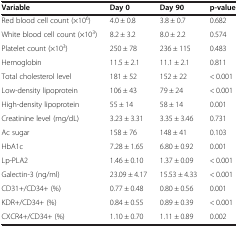
<table><thead><tr><td><b>Variable</b></td><td><b>Day 0</b></td><td><b>Day 90</b></td><td><b>p-value</b></td></tr></thead><tbody><tr><td>Red blood cell count (×10<sup>6</sup>)</td><td>4.0 ± 0.8</td><td>3.8 ± 0.7</td><td>0.682</td></tr><tr><td>White blood cell count (×10<sup>3</sup>)</td><td>8.2 ± 3.2</td><td>8.0 ± 2.2</td><td>0.574</td></tr><tr><td>Platelet count (×10<sup>3</sup>)</td><td>250 ± 78</td><td>236 ± 115</td><td>0.483</td></tr><tr><td>Hemoglobin</td><td>11.5 ± 2.1</td><td>11.1 ± 2.1</td><td>0.811</td></tr><tr><td>Total cholesterol level</td><td>181 ± 52</td><td>152 ± 22</td><td>&lt; 0.001</td></tr><tr><td>Low-density lipoprotein</td><td>106 ± 43</td><td>79 ± 24</td><td>&lt; 0.001</td></tr><tr><td>High-density lipoprotein</td><td>55 ± 14</td><td>58 ± 14</td><td>0.001</td></tr><tr><td>Creatinine level (mg/dL)</td><td>3.23 ± 3.31</td><td>3.35 ± 3.46</td><td>0.731</td></tr><tr><td>Ac sugar</td><td>158 ± 76</td><td>148 ± 41</td><td>0.103</td></tr><tr><td>HbA1c</td><td>7.28 ± 1.65</td><td>6.80 ± 0.92</td><td>0.001</td></tr><tr><td>Lp-PLA2</td><td>1.46 ± 0.10</td><td>1.37 ± 0.09</td><td>&lt; 0.001</td></tr><tr><td>Galectin-3 (ng/ml)</td><td>23.09 ± 4.17</td><td>15.53 ± 4.33</td><td>&lt; 0.001</td></tr><tr><td>CD31+/CD34+ (%)</td><td>0.77 ± 0.48</td><td>0.80 ± 0.56</td><td>0.001</td></tr><tr><td>KDR+/CD34+ (%)</td><td>0.84 ± 0.55</td><td>0.89 ± 0.39</td><td>&lt; 0.001</td></tr><tr><td>CXCR4+/CD34+ (%)</td><td>1.10 ± 0.70</td><td>1.11 ± 0.89</td><td>0.002</td></tr></tbody></table>